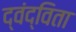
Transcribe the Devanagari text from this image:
द्वंद्विता